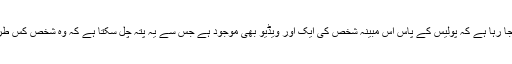
یہ بھی کہا جا رہا ہے کہ پولیس کے پاس اس مبینہ شخص کی ایک اور ویڈیو بھی موجود ہے جس سے یہ پتہ چل سکتا ہے کہ وہ شخص کس طرف سے آیا۔